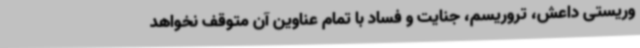
وریستی داعش، تروریسم، جنایت و فساد با تمام عناوین آن متوقف نخواهد